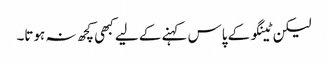
لیکن ٹینگو کے پاس کہنے کے لیے کبھی کچھ نہ ہوتا۔